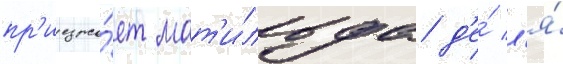
пр'иезжа́ет мат'и́льда д'е́ л'я́